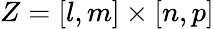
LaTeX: Z=[l,m]\times[n,p]